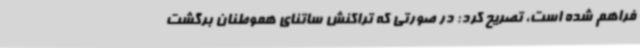
فراهم شده است، تصریح کرد: در صورتی که تراکنش‌ ساتنای هموطنان برگشت